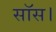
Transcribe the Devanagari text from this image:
सॉस।